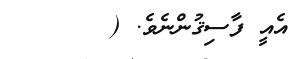
އެއީ ފާސިޤުންނެވެ. (